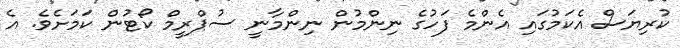
ކުރިޔަސް އެކަމުގައި އެންމެ ފަހުގެ ނިންމުން ނިންމާނީ ސުޕްރީމް ކޯޓުން ކަމަށެވެ. އެ